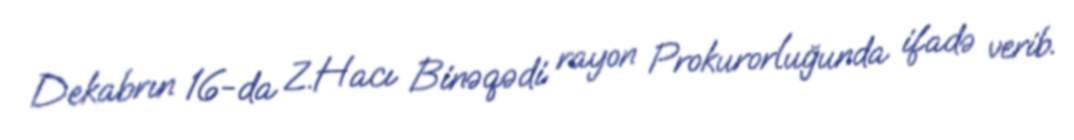
Dekabrın 16-da Z.Hacı Binəqədi rayon Prokurorluğunda ifadə verib.